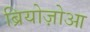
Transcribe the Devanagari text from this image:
ब्रियोज़ोआ